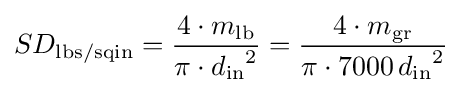
SD_{\mathrm {lbs/sqin} }={\frac {4\cdot m_{\mathrm {lb} }}{{\pi \cdot d_{\mathrm {in} }}^{2}}}={\frac {4\cdot m_{\mathrm {gr} }}{\pi \cdot 7000\,{d_{\mathrm {in} }}^{2}}}